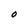
Character: O